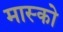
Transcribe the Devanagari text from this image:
मास्‍को